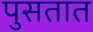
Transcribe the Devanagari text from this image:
पुसतात